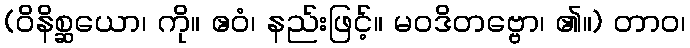
(ဝိနိစ္ဆယော၊ ကို။ ဧဝံ၊ နည်းဖြင့်။ မဝဒိတဗ္ဗော၊ ၏။) တာဝ၊